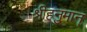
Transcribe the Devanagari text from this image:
श्रीहनुमान्